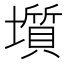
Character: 𡒻